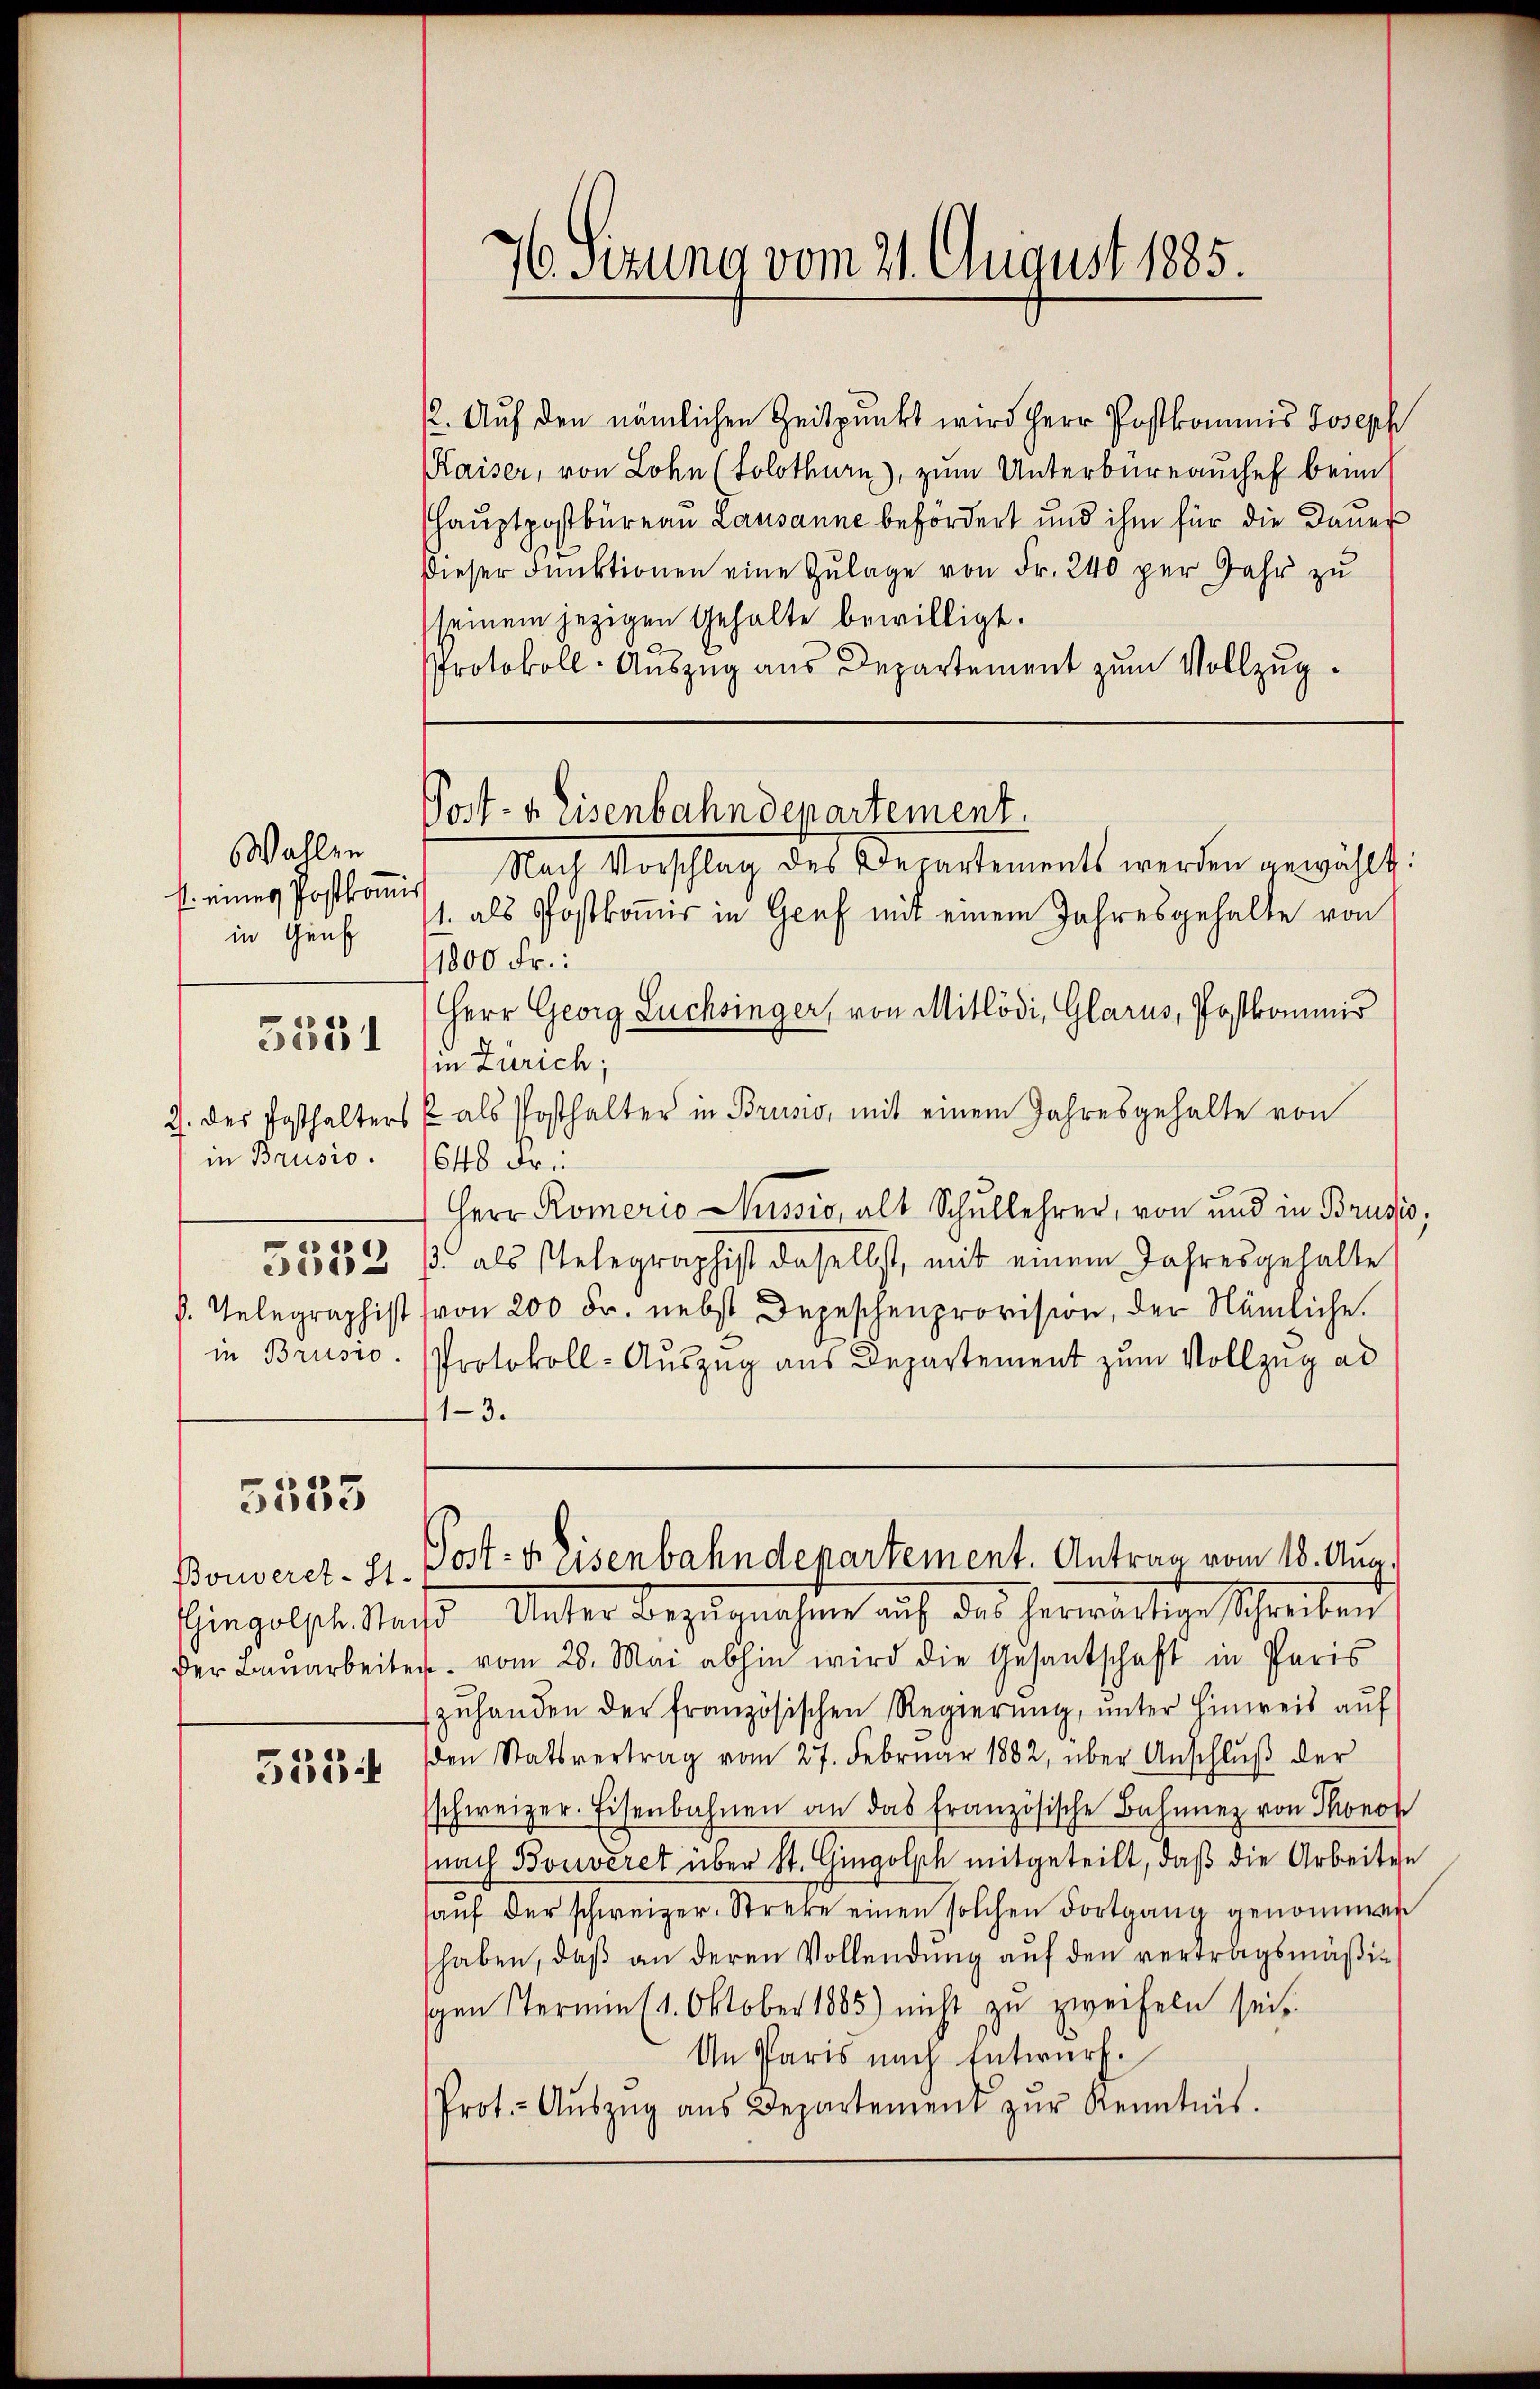
Wahlen
sl. eines Postkomi
in Gunst
in Brusio.
5552
v. Telegraphist
in Brusio.

3351

e
dede

Bouveret-St.
Gingolph. Stad
der Bauarbeite

533 f

76 Sizung vom 21. August 1885.

Post- u. Eisenbahndepartement.

2. Auf den nämlichen Zeitpunkt wird Herr Postkommis Joseph
Kaiser, von Lohn (Solothurn), zum Unterbüreauches beim
Hauptpostbüreau Lausanne befördert und ihm für die Dauer
Dieser Funktionen eine Zulage von Fr. 240 per Jahr zu
seinem jezigen Gehalte bewilligt.
Protokoll- Auszug aus Departement zum Vollzug.
Nach Vorschlag des Departements werden gewählt:
1. als Postkomir in Graf mit einem Jahresgehalte von
1800 Fr.:
Herr Georg Lüchsinger, von Mitlödi, Glarus, Postkommis
in Zürich;
2. des Posthalters & als Posthalter in Bruno, mit einem Jahresgehalte von
648 Fr.
Herr Römerio Aussio, alt Schullehrer, von und in Brusi
3. als stelegraphist daselbst, mit einem Jahresgehalte
von 200 Fr. nebst Depeschenprovision, der Nämliche.
Protokoll-Auszug aus Departement zum Vollzug ad
1-3.
Post- u. Eisenbahndepartement. Antrag vom 18. Aug.
. Unter Bezugnahme auf des herwärtige Schreiben
. vom 28. Mai abhin wird die Gesantschaft in Paris
zuhanden der französischen Regierung, unter Hinweis auf
den Statsvertrag vom 27. Februar 1882, über Anschlŭβ der
schweizer. Eisenbahnen an das französische Bahnnez von Thono
nach Bouveret über St. Gingolsch mitgeteilt, daß die Arbeiten
haŭf der schweizer. Streke einen solchen Fortgang genommen
haben, daβ an deren Vollendŭng aŭf den vertragsmäßisgen Stern (1. Oktober 1885) nicht zu zweifeln seit
An Paris nach Entwurf.
Prot.- Aŭszŭg aŭs Departement zŭr Kenntnis.